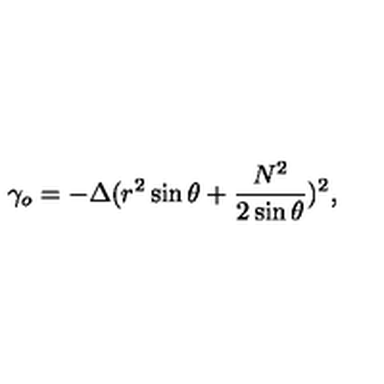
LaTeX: \gamma _ { o } = - \Delta ( r ^ { 2 } \sin \theta + \frac { N ^ { 2 } } { 2 \sin \theta } ) ^ { 2 } ,